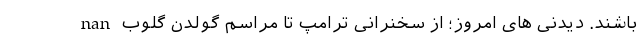
باشند. دیدنی های امروز؛ از سخنرانی ترامپ تا مراسم گولدن گلوب nan